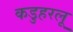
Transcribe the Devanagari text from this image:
कडुहरलू